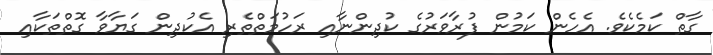
ގާތް ކަމެކެވެ. އެހެން ކަމުން ފުރާވަރުގެ ކުދިންނާއި ރަހުމަތްތެރި އެކުދިން ގަޔާވާ ގޮތްތަކާއި